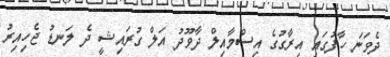
ދެވަނަ ހާފުގައި އިރާގުގެ އިސްމާއިލް ދާވޫދު އަލް ގުރައިޝީ ދެ ލަނޑު ޖެހިއިރު